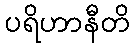
ပရိဟာနီတိ